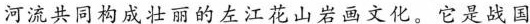
河流共同构成壮丽的左江花山岩画文化。它是战国